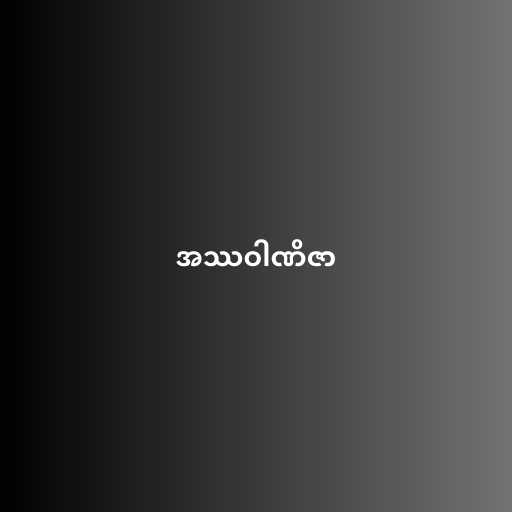
အဿဝါဏိဇာ